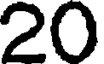
20